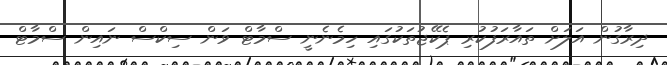
ދިރާގުން އަލަށް ތައާރަފުކުރި ޕެކޭޖުތަކުގައި ހިމެނެނީ ސްމާޓް ވަން ސިކްސް ނައިން ސްމާޓް